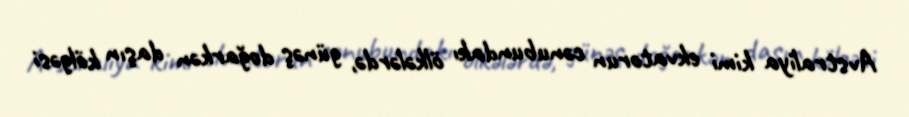
Avstraliya kimi ekvatorun cənubundakı ölkələrdə, günəş doğarkən daşın kölgəsi